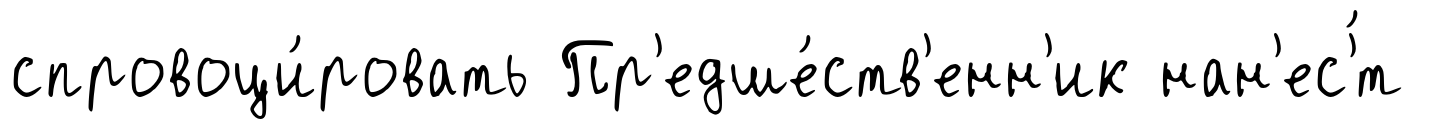
спровоци́ровать Пр'едше́ств'енн'ик нан'ес'́т